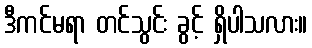
ဒီကင်မရာ တင်သွင်း ခွင့် ရှိပါသလား။